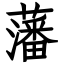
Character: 藩